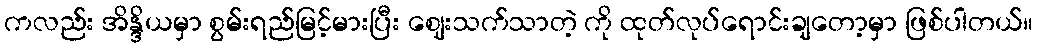
ကလည်း အိန္ဒိယမှာ စွမ်းရည်မြင့်မားပြီး ဈေးသက်သာတဲ့ ကို ထုတ်လုပ်ရောင်းချတော့မှာ ဖြစ်ပါတယ်။